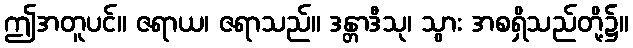
ဤအတူပင်။ ဇရာယ၊ ဇရာသည်။ ဒန္တာဒီသု၊ သွား အစရှိသည်တို့၌။